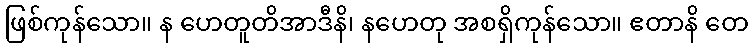
ဖြစ်ကုန်သော။ န ဟေတူတိအာဒီနိ၊ နဟေတု အစရှိကုန်သော။ ဧတာနိ တေ